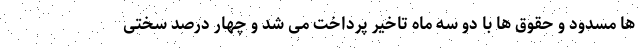
ها مسدود و حقوق ها با دو سه ماه تاخیر پرداخت می شد و چهار درصد سختی